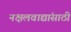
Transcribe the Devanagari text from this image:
नक्षलवाद्यांसाठी